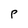
Character: p